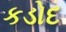
કડોદ